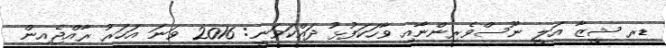
ޑރ ޝީޒާ އަލީ ނޫސްވެރިންނާއި ވާހަކަފުޅު ދައްކަވަނީ: 2016 ވަނަ އަހަރު ރާއްޖެއިން